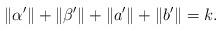
LaTeX: \begin{align*} \|\alpha'\|+\|\beta'\|+\|a'\|+\|b'\|=k. \end{align*}